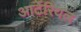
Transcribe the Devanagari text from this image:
आर्टेरियल